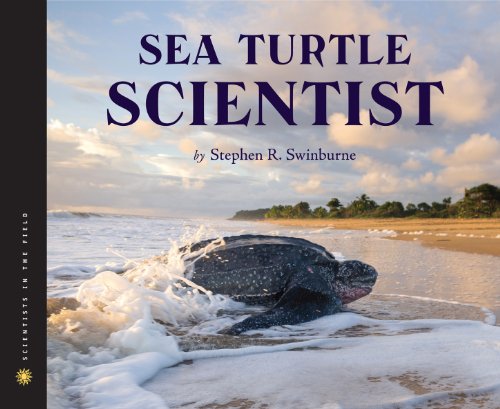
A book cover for Sea Turtle Scientist (Scientists in the Field Series); Stephen R. Swinburne; Children's Books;